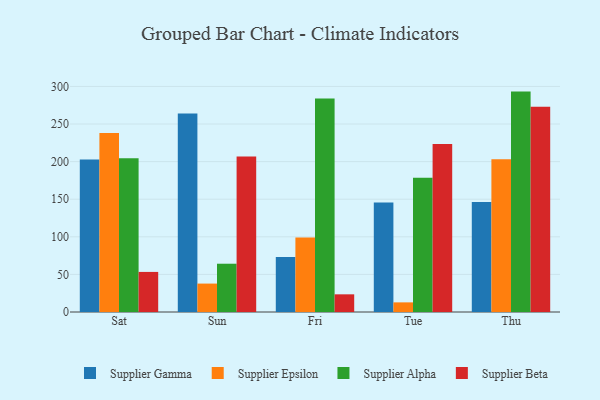
{"axis": {"x": "Day", "y": "Revenue (USD Million)"}, "legend": ["Supplier Alpha", "Supplier Beta", "Supplier Epsilon", "Supplier Gamma"], "data": [{"x": "Sat", "y": 202.9, "type": "Supplier Gamma"}, {"x": "Sat", "y": 238.0, "type": "Supplier Epsilon"}, {"x": "Sat", "y": 204.3, "type": "Supplier Alpha"}, {"x": "Sat", "y": 53.3, "type": "Supplier Beta"}, {"x": "Sun", "y": 264.0, "type": "Supplier Gamma"}, {"x": "Sun", "y": 37.8, "type": "Supplier Epsilon"}, {"x": "Sun", "y": 64.2, "type": "Supplier Alpha"}, {"x": "Sun", "y": 206.8, "type": "Supplier Beta"}, {"x": "Fri", "y": 73.0, "type": "Supplier Gamma"}, {"x": "Fri", "y": 99.2, "type": "Supplier Epsilon"}, {"x": "Fri", "y": 283.9, "type": "Supplier Alpha"}, {"x": "Fri", "y": 23.5, "type": "Supplier Beta"}, {"x": "Tue", "y": 145.6, "type": "Supplier Gamma"}, {"x": "Tue", "y": 12.8, "type": "Supplier Epsilon"}, {"x": "Tue", "y": 178.4, "type": "Supplier Alpha"}, {"x": "Tue", "y": 223.5, "type": "Supplier Beta"}, {"x": "Thu", "y": 146.4, "type": "Supplier Gamma"}, {"x": "Thu", "y": 203.2, "type": "Supplier Epsilon"}, {"x": "Thu", "y": 293.1, "type": "Supplier Alpha"}, {"x": "Thu", "y": 273.1, "type": "Supplier Beta"}]}